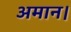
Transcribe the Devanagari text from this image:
अमान।